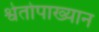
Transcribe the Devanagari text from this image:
श्वेतोपाख्यान